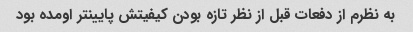
به نظرم از دفعات قبل از نظر تازه بودن کیفیتش پایینتر اومده بود